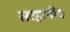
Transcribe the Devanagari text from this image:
सरहानीय